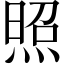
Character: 照